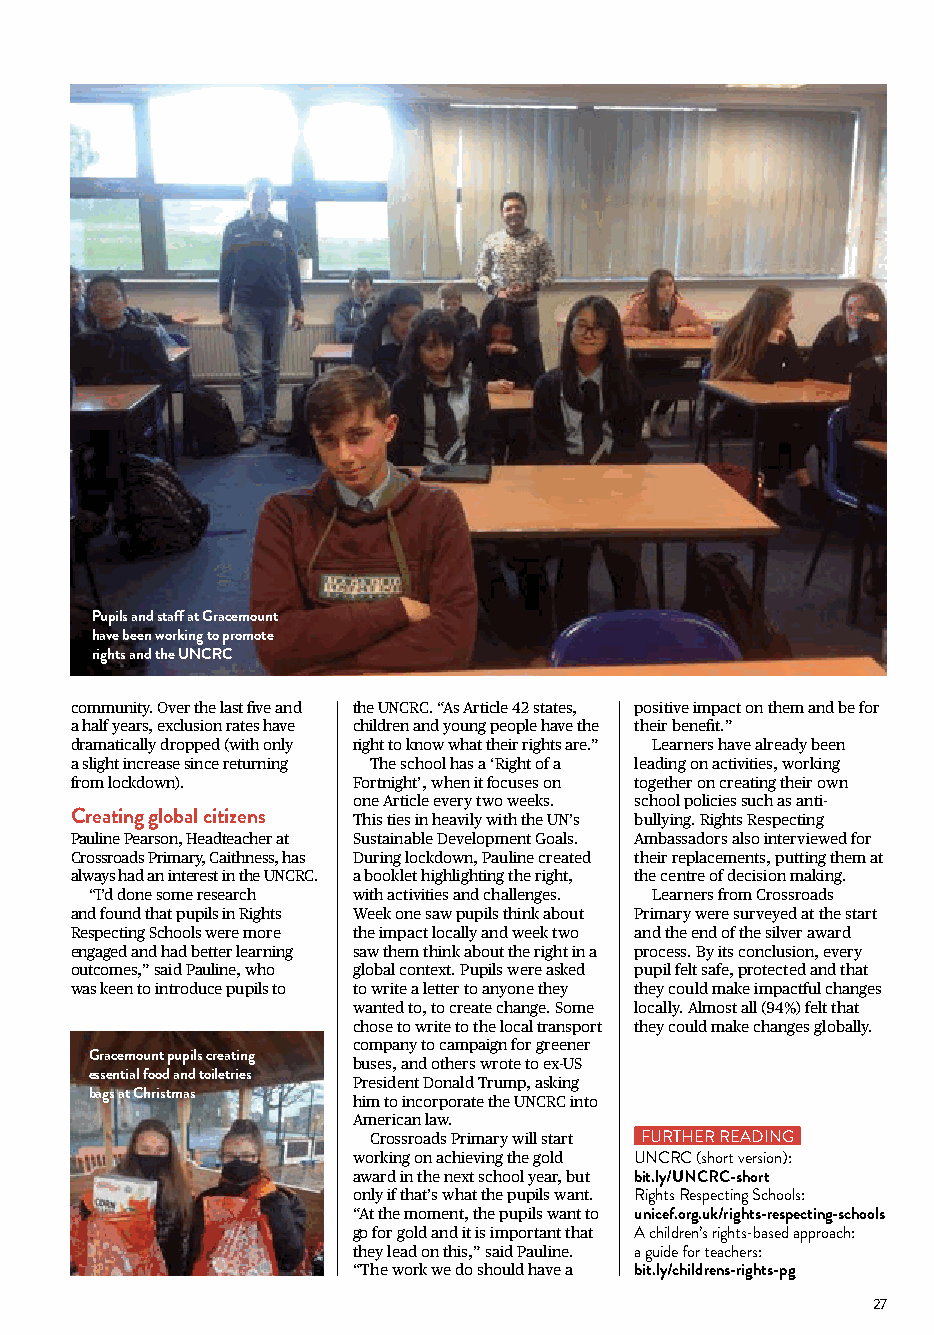
Pupils and staff at Gracemount
 have been working to promote
 rights and the UNCRC
 community. Over the last five and the UNCRC. “As Article 42 states, positive impact on them and be for
 a half years, exclusion rates have children and young people have the their benefit.”
 dramatically dropped (with only right to know what their rights are.” Learners have already been
 a slight increase since returning The school has a ‘Right of a leading on activities, working
 from lockdown).   Fortnight’, when it focuses on together on creating their own
 one Article every two weeks. school policies such as anti-
 Creating global citizens This ties in heavily with the UN’s bullying. Rights Respecting
 Pauline Pearson, Headteacher at Sustainable Development Goals. Ambassadors also interviewed for
 Crossroads Primary, Caithness, has During lockdown, Pauline created their replacements, putting them at
 always had an interest in the UNCRC. a booklet highlighting the right, the centre of decision making.
 “I’d done some research with activities and challenges. Learners from Crossroads
 and found that pupils in Rights Week one saw pupils think about Primary were surveyed at the start
 Respecting Schools were more the impact locally and week two and the end of the silver award
 engaged and had better learning saw them think about the right in a process. By its conclusion, every
 outcomes,” said Pauline, who global context. Pupils were asked pupil felt safe, protected and that
 was keen to introduce pupils to to write a letter to anyone they they could make impactful changes
 wanted to, to create change. Some locally. Almost all (94%) felt that
 chose to write to the local transport they could make changes globally.
 company to campaign for greener
 Gracemount pupils creating
 buses, and others wrote to ex-US
 essential food and toiletries
 President Donald Trump, asking
 bags at Christmas
 him to incorporate the UNCRC into
 American law.
 Crossroads Primary will start FURTHER READING
 working on achieving the gold UNCRC (short version):
 award in the next school year, but bit.ly/UNCRC-short
 only if that’s what the pupils want. Rights Respecting Schools:
 “At the moment, the pupils want to unicef.org.uk/rights-respecting-schools
 go for gold and it is important that A children’s rights-based approach:
 they lead on this,” said Pauline. a guide for teachers:
 “The work we do should have a bit.ly/childrens-rights-pg
 27